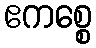
ဧကစ္စေ